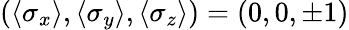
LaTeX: (\langle\sigma_{x}\rangle,\langle\sigma_{y}\rangle,\langle\sigma_{z}\rangle)=(0,0,\pm 1)